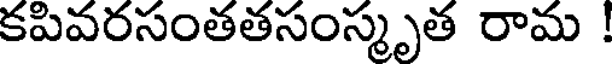
కపివరసంతతసంస్మృత రామ !